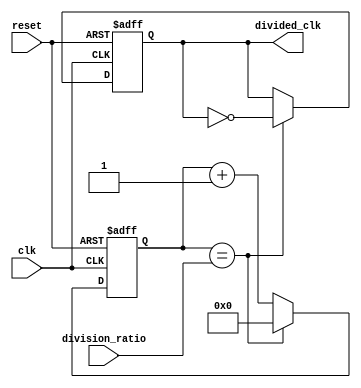
module clock_divider (
  input wire clk,
  input wire reset,
  input wire [7:0] division_ratio,
  output wire divided_clk
);

reg [7:0] count;

always @(posedge clk or posedge reset) begin
  if (reset) begin
    count <= 8'b0;
    divided_clk <= 1'b0;
  end else begin
    count <= count + 1;

    if (count == division_ratio) begin
      count <= 8'b0;
      divided_clk <= ~divided_clk;
    end
  end
end

endmodule